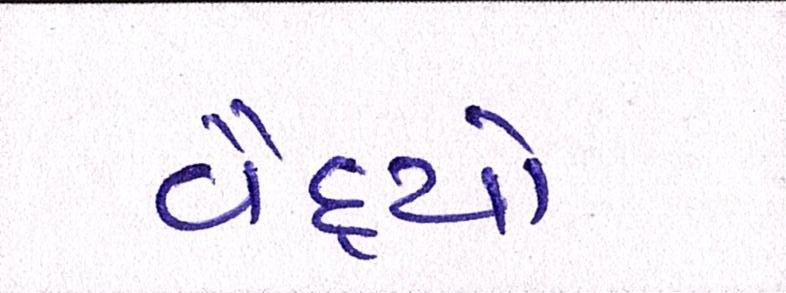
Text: વૈદ્યો